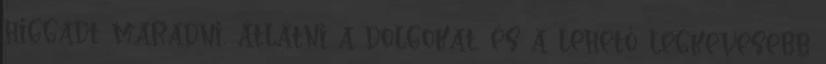
higgadt maradni, átlátni a dolgokat, és a lehető legkevesebb